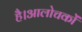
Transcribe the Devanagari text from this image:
है।आलोचकों